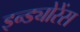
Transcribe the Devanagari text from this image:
इन्ड्योरेंस